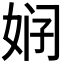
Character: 𱙒